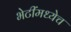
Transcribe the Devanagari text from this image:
भेटींमध्येच